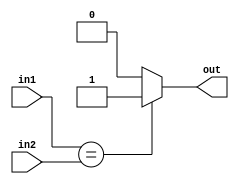
module if_equals(in1,in2,out);

output reg out;

input [2:0] in1;

input [2:0] in2;

always@(in1,in2) begin
if(in1 == in2) begin
out = 1;
end else begin
out = 0;
end
end

endmodule